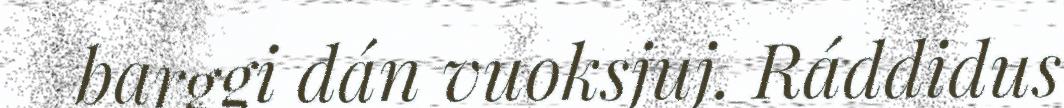
barggi dán vuoksjuj. Ráddidus